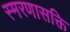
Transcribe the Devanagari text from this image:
स्मरणासक्ति